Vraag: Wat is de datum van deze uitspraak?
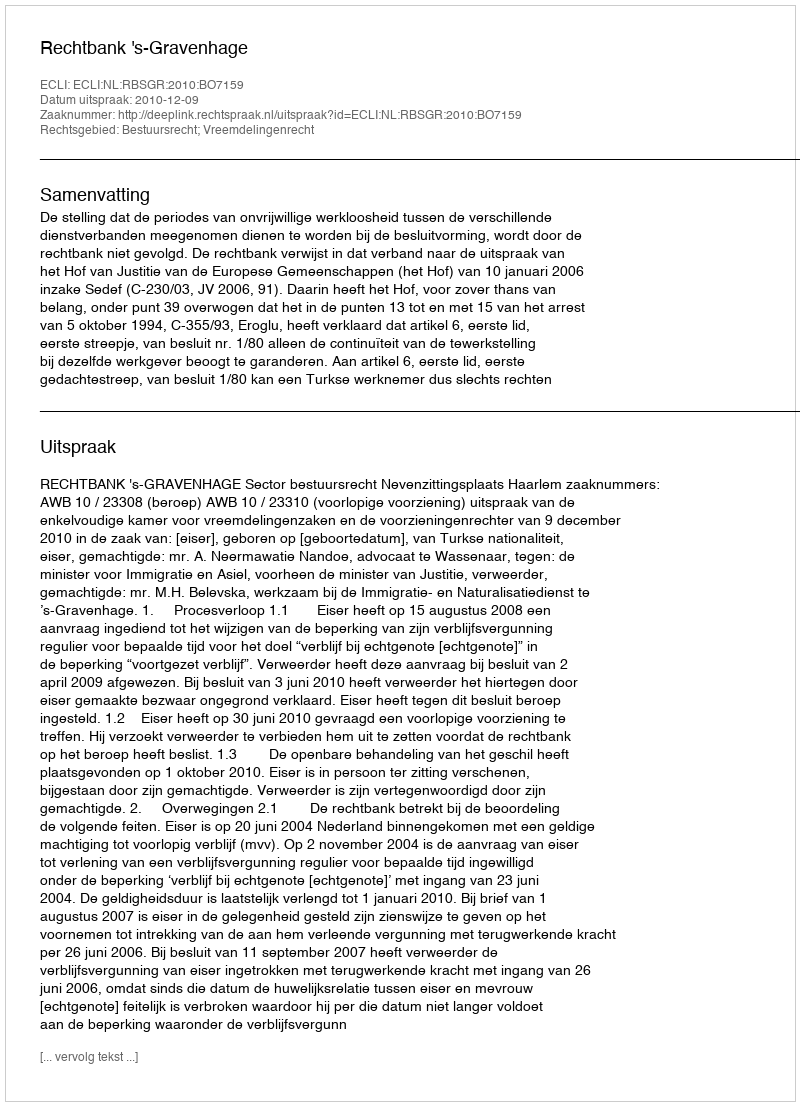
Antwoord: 2010-12-09